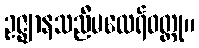
ဥဇ္ဈာနသညီမထေရ်ဝတ္ထု။